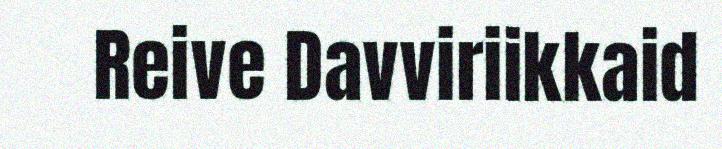
Reive Davviriikkaid